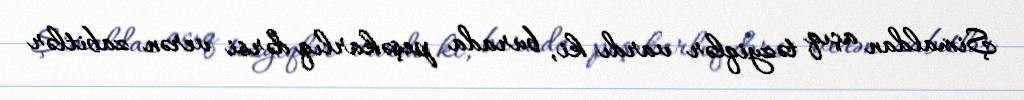
Şimaldan açıq təzyiqlər vardı ki, burada peşəkarlıq dərsi verən zabitlər